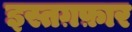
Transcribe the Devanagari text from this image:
इस्तग़फ़ार